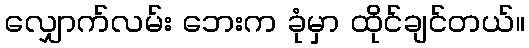
လျှောက်လမ်း ဘေးက ခုံမှာ ထိုင်ချင်တယ်။